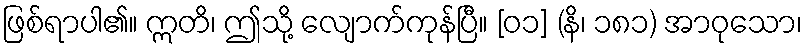
ဖြစ်ရာပါ၏။ ဣတိ၊ ဤသို့ လျောက်ကုန်ပြီ။ [၀၁] (နိ၊ ၁၈၁) အာဝုသော၊